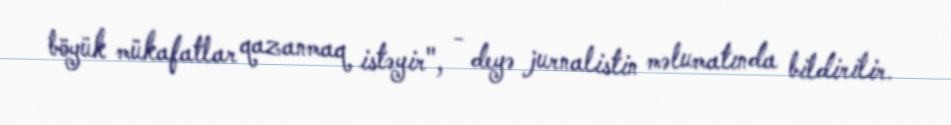
böyük mükafatlar qazanmaq istəyir", - deyə jurnalistin məlumatında bildirilir.